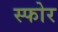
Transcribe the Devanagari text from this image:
स्फोर